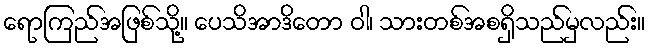
ရောကြည်အဖြစ်သို့။ ပေသိအာဒိတော ဝါ၊ သားတစ်အစရှိသည်မှလည်း။